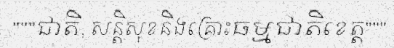
"""ជាតិ, សន្តិសុខនិងគ្រោះធម្មជាតិខេត្ត"""